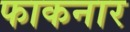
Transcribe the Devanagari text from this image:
फाकनार